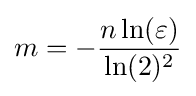
m=-{\frac {n\ln(\varepsilon )}{\ln(2)^{2}}}